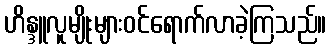
ဟိန္ဒူလူမျိုးများဝင်ရောက်လာခဲ့ကြသည်။